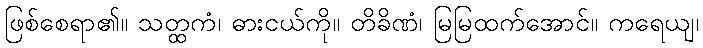
ဖြစ်စေရာ၏။ သတ္ထကံ၊ ဓားငယ်ကို။ တိခိဏံ၊ မြမြထက်အောင်။ ကရေယျ၊